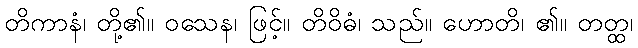
တိကာနံ၊ တို့၏။ ဝသေန၊ ဖြင့်။ တိဝိဓံ၊ သည်။ ဟောတိ၊ ၏။ တတ္ထ၊